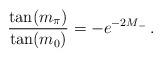
LaTeX: \begin{align*}\frac{\tan(m_\pi)}{\tan(m_0)}=-e^{-2M_-}\,.\end{align*}